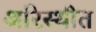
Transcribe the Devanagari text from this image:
अरिस्थीत